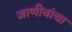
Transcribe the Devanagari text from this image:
जाणीवांचा